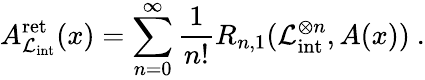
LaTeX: A_{\mathcal{L}_{\mathrm{int}}}^{\mathrm{ret}}(x)=\sum_{n=0}^{\infty}\frac{1}{n!}R_{n,1}(\mathcal{L}_{\mathrm{int}}^{\otimes n},A(x))\ .